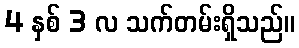
4 နှစ် 3 လ သက်တမ်းရှိသည်။